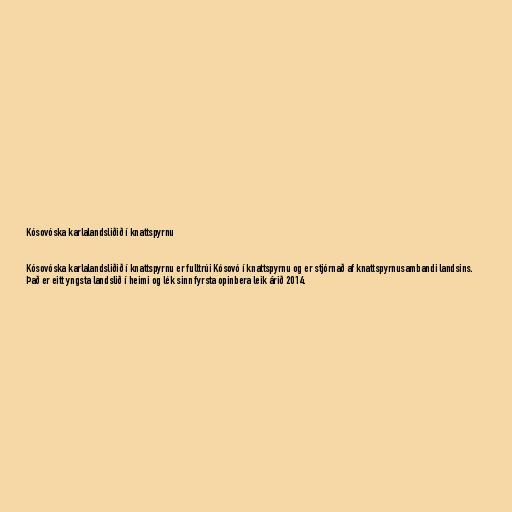
Kósovóska karlalandsliðið í knattspyrnu

Kósovóska karlalandsliðið í knattspyrnu er fulltrúi Kósovó í knattspyrnu og er stjórnað af knattspyrnusambandi landsins.
Það er eitt yngsta landslið í heimi og lék sinn fyrsta opinbera leik árið 2014.